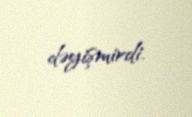
dəyişmirdi.